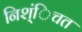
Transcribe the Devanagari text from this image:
निश्ंिचत